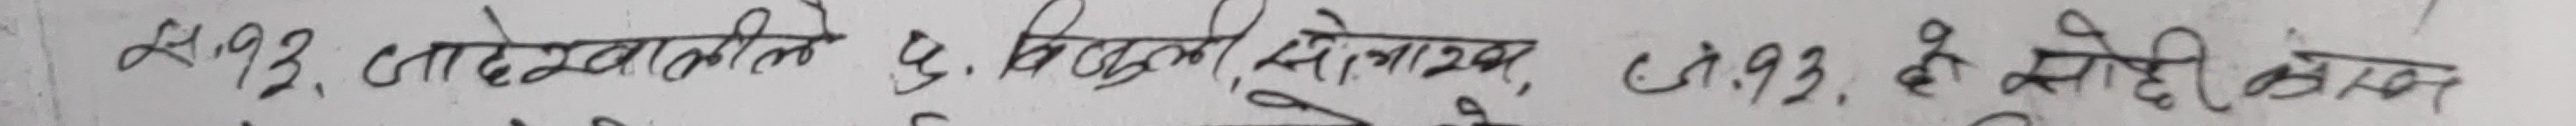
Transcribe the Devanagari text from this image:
स १.९३, आदेश खालीले १, बिउगुली सेम माघ ८.१.९३ ते सोही कान